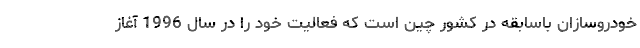
خودروسازان باسابقه در کشور چین است که فعالیت خود را در سال 1996 آغاز